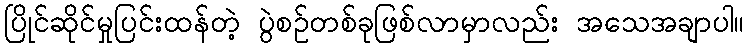
ပြိုင်ဆိုင်မှုပြင်းထန်တဲ့ ပွဲစဥ်တစ်ခုဖြစ်လာမှာလည်း အသေအချာပါ။